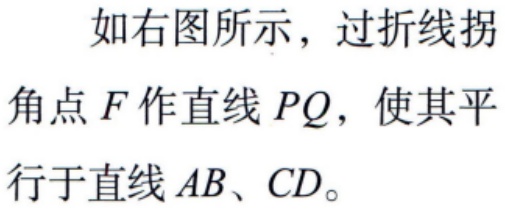
如右图所示，过折线拐角点\(F\)作直线\(PQ\)，使其平行于直线\(AB、CD\)。